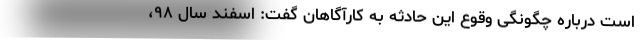
است درباره چگونگی وقوع این حادثه به کارآگاهان گفت: اسفند سال ۹۸،